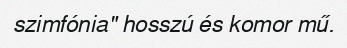
szimfónia" hosszú és komor mű.